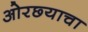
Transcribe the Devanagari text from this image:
ओरछ्याचा